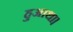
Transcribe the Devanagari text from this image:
हुआथा।